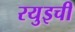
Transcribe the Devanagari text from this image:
रयुइची